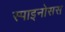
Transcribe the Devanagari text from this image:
स्पाइनोसस